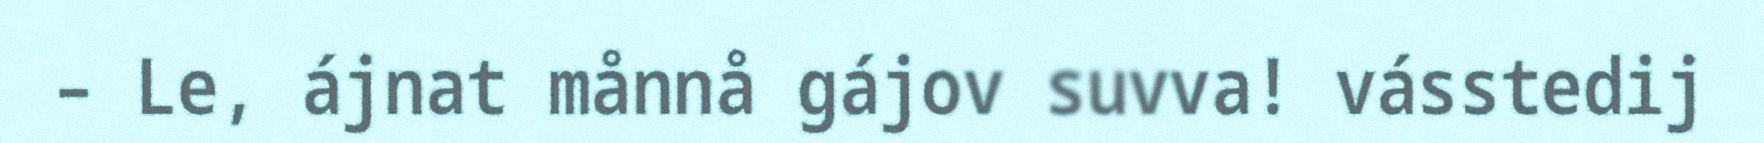
– Le, ájnat månnå gájov suvva! vásstedij